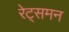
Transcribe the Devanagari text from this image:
रेट्समन